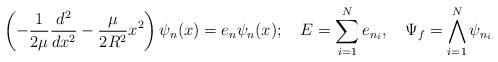
LaTeX: \begin{align*}\left(-\frac{1}{2\mu}\frac{d^{2}}{dx^{2}}-\frac{\mu}{2R^{2}}x^{2}\right)\psi_{n}(x)=e_{n}\psi_{n}(x);\quad E=\sum_{i=1}^{N}e_{n_{i}},\quad\Psi_{f}=\bigwedge_{i=1}^{N}\psi_{n_{i}}\end{align*}